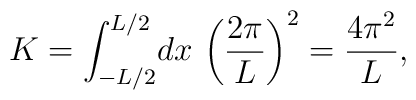
K=\int_{-L/2}^{L/2}\!dx\,\left(\frac{2 \pi}{L}\right)^2  =\frac{4\pi^2}L,